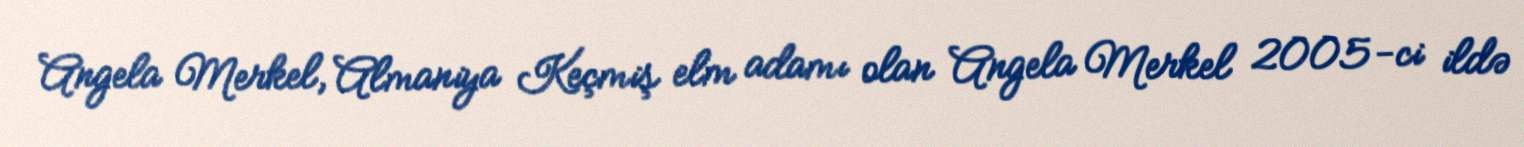
Angela Merkel, Almaniya Keçmiş elm adamı olan Angela Merkel 2005-ci ildə